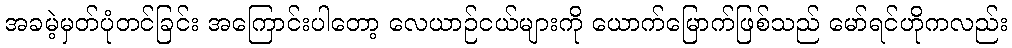
အခမဲ့မှတ်ပုံတင်ခြင်း အကြောင်းပါတော့ လေယာဉ်ငယ်များကို ယောက်မြောက်ဖြစ်သည် မော်ရင်ဟိုကလည်း